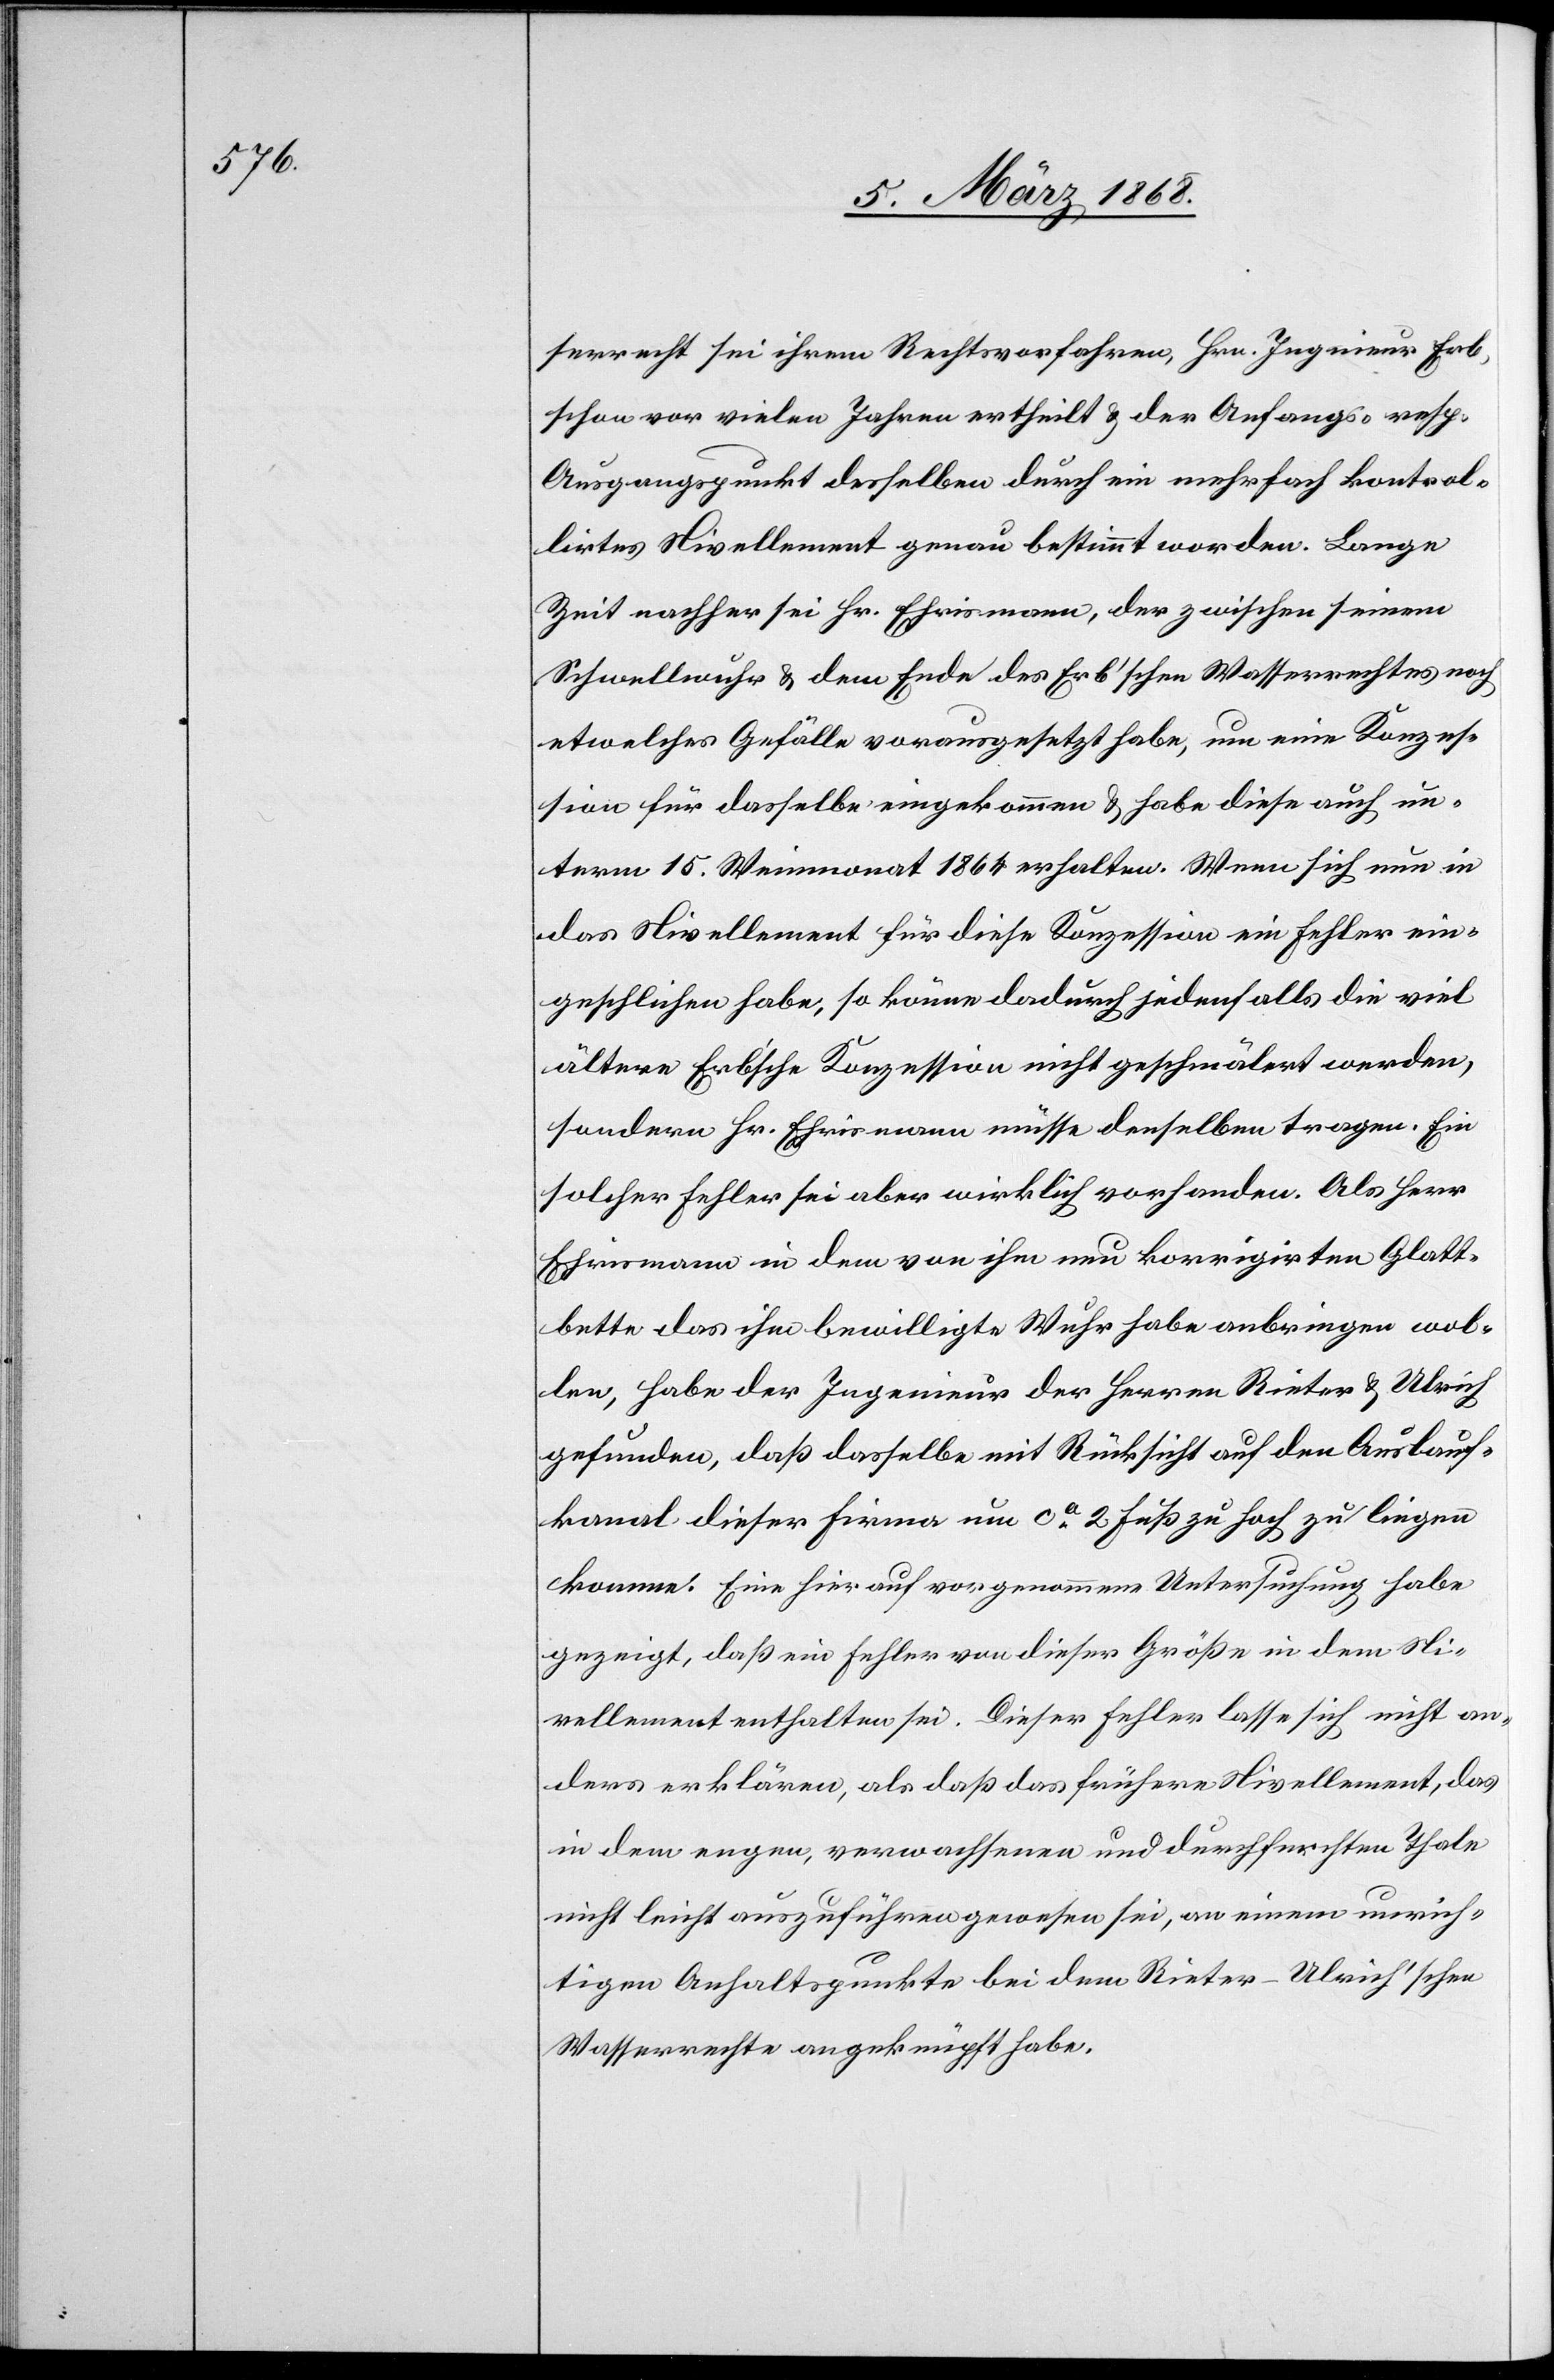
serrecht sei ihrem Rechtsvorfahren, Hrn. Ing[e]nieur Erb,
schon vor vielen Jahren ertheilt & der Anfangs- resp.
Ausgangspunkt desselben durch ein mehrfach kontrol¬
lirtes Nivellement genau bestimmt worden. Lange
Zeit nachher sei Hr. Ehrismann, der zwischen seinem
Schwellwuhr & dem Ende des Erb’schen Wasserrechtes noch
etwelches Gefälle vorausgesetzt habe, um eine Konzes¬
sion für dasselbe eingekommen & habe diese auch un¬
term 15. Weinmonat 1864 erhalten. Wenn sich nun in
das Nivellement für diese Konzession ein Fehler ein¬
geschlichen habe, so könne dadurch jedenfalls die viel
ältere Erb’sche Konzession nicht geschmälert werden,
sondern Hr. Ehrismann müsse denselben tragen. Ein
solcher Fehler sei aber wirklich vorhanden. Als Herr
Ehrismann in dem von ihm neu korrigirten Glatt¬
bette das ihm bewilligte Wuhr habe anbringen wol¬
len, habe der Ingenieur der Herren Rieter & Ulrich
gefunden, daß dasselbe mit Rücksicht auf den Auslauf¬
kanal dieser Firma um ca. 2 Fuß zu hoch zu liegen
komme. Eine hierauf vorgenommene Untersuchung habe
gezeigt, daß ein Fehler von dieser Größe in dem Ni¬
vellement enthalten sei. Dieser Fehler lasse sich nicht an¬
ders erklären, als daß das frühere Nivellement, das
in dem engen, verwachsenen und durchfurchten Thale
nicht leicht auszuführen gewesen sei, an einem unrich¬
tigen Anhaltspunkte bei dem Rieter-Ulrich’schen
Wasserrechte angeknüpft habe.